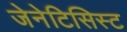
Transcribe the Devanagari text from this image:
जेनेटिसिस्ट